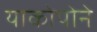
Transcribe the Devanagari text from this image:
याकोपोने